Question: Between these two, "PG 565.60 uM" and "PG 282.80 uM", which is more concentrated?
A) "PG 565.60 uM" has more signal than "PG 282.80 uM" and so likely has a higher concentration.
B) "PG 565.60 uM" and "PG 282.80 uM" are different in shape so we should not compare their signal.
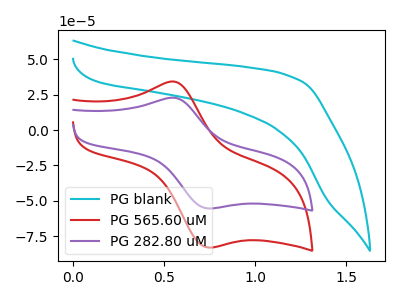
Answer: <think>The cyan curve "PG blank" has no peaks. The red curve "PG 565.60 uM" has an anodic peak at (0.55V, 34.15uA) and a cathodic peak at (0.75V, -83.05uA). The purple curve "PG 282.80 uM" has an anodic peak at (0.55V, 22.80uA) and a cathodic peak at (0.75V, -55.40uA).
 All the peaks in "PG 565.60 uM" have a peak in "PG 282.80 uM" at the same potential. Every peak in "PG 565.60 uM" is higher than every peak in "PG 282.80 uM".</think>
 <answer>A) "PG 565.60 uM" has more signal than "PG 282.80 uM" and so likely has a higher concentration.</answer>
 <eval>A</eval>